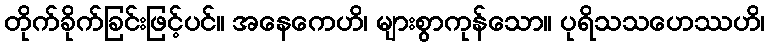
တိုက်ခိုက်ခြင်းဖြင့်ပင်။ အနေကေဟိ၊ များစွာကုန်သော။ ပုရိသသဟေဿဟိ၊